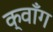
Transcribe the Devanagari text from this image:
क्वाँग